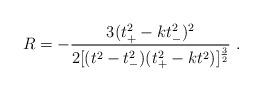
LaTeX: \begin{align*}R = - \frac{3(t_+^2 - k t_-^2)^2}{2 [ (t^2 -t_-^2)(t_+^2 - kt^2)]^{\frac{3}{2}}} \ .\end{align*}